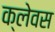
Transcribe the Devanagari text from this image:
क्लेवस